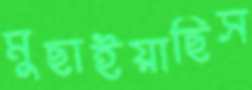
মুছাইয়াছিস